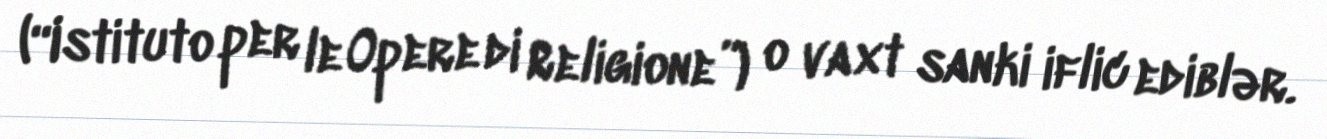
(“Istituto per le Opere di Religione”) o vaxt sanki iflic ediblər.